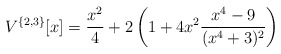
\begin{align*}V^{\{2,3\}}[x]=\frac{x^2}{4}+2\left(1 +4x^2\frac{x^4-9}{(x^4+3)^2}\right) \end{align*}